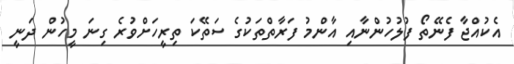
އެކުއްޖާ ފެނޭތޯ ފުލުހުންނާއި އާންމު ފަރާތްތަކުގެ ސަތޭކަ ތިރީހަށްވުރެ ގިނަ މީހުން ދަނީ